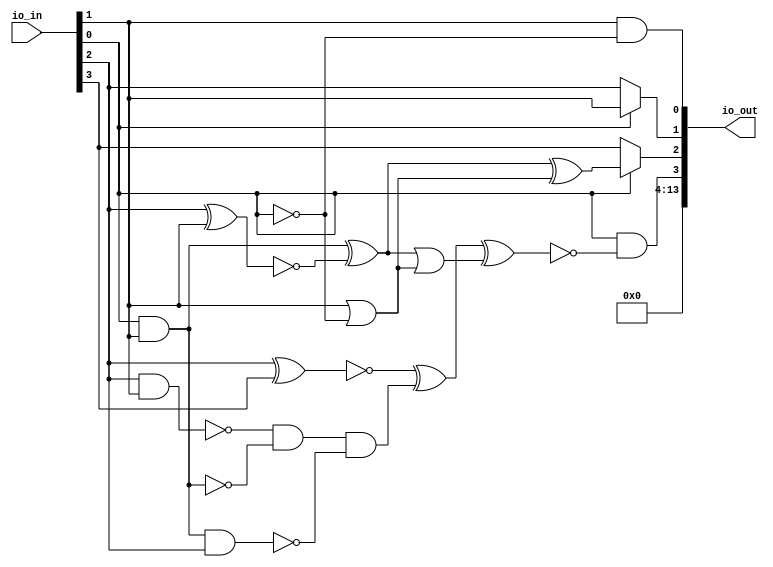
/* Generated by Yosys 0.25+83 (git sha1 755b753e1, aarch64-apple-darwin20.2-clang 10.0.0-4ubuntu1 -fPIC -Os) */

/* top =  1  */
/* src = "d34_hgrodin_collatz/src/wrapper.v:2.9-12.18" */
module d34_hgrodin_collatz(io_in, io_out);
  wire _00_;
  wire _01_;
  wire _02_;
  wire _03_;
  wire _04_;
  wire _05_;
  wire _06_;
  wire _07_;
  wire _08_;
  wire _09_;
  wire _10_;
  wire _11_;
  wire _12_;
  /* src = "d34_hgrodin_collatz/src/wrapper.v:3.26-3.31" */
  input [13:0] io_in;
  wire [13:0] io_in;
  /* src = "d34_hgrodin_collatz/src/wrapper.v:4.27-4.33" */
  output [13:0] io_out;
  wire [13:0] io_out;
  /* hdlname = "mchip c b" */
  /* src = "d34_hgrodin_collatz/src/wrapper.v:7.25-10.14|d34_hgrodin_collatz/src/collatz.v:16.16-16.17|d34_hgrodin_collatz/src/collatz.v:8.13-8.40" */
  wire [3:0] \mchip.c.b ;
  /* hdlname = "mchip c inst2 in1" */
  /* src = "d34_hgrodin_collatz/src/wrapper.v:7.25-10.14|d34_hgrodin_collatz/src/collatz.v:27.10-27.32|d34_hgrodin_collatz/src/collatz.v:34.30-34.33|d34_hgrodin_collatz/src/collatz.v:8.13-8.40" */
  wire [3:0] \mchip.c.inst2.in1 ;
  /* hdlname = "mchip c inst2 in2" */
  /* src = "d34_hgrodin_collatz/src/wrapper.v:7.25-10.14|d34_hgrodin_collatz/src/collatz.v:27.10-27.32|d34_hgrodin_collatz/src/collatz.v:34.52-34.55|d34_hgrodin_collatz/src/collatz.v:8.13-8.40" */
  wire [3:0] \mchip.c.inst2.in2 ;
  /* hdlname = "mchip c inst2 out" */
  /* src = "d34_hgrodin_collatz/src/wrapper.v:7.25-10.14|d34_hgrodin_collatz/src/collatz.v:27.10-27.32|d34_hgrodin_collatz/src/collatz.v:34.75-34.78|d34_hgrodin_collatz/src/collatz.v:8.13-8.40" */
  wire [3:0] \mchip.c.inst2.out ;
  /* hdlname = "mchip c inst2 rem" */
  /* src = "d34_hgrodin_collatz/src/wrapper.v:7.25-10.14|d34_hgrodin_collatz/src/collatz.v:27.10-27.32|d34_hgrodin_collatz/src/collatz.v:35.16-35.19|d34_hgrodin_collatz/src/collatz.v:8.13-8.40" */
  wire [3:0] \mchip.c.inst2.rem ;
  /* hdlname = "mchip c inst3 in1" */
  /* src = "d34_hgrodin_collatz/src/wrapper.v:7.25-10.14|d34_hgrodin_collatz/src/collatz.v:28.10-28.43|d34_hgrodin_collatz/src/collatz.v:34.30-34.33|d34_hgrodin_collatz/src/collatz.v:8.13-8.40" */
  wire [3:0] \mchip.c.inst3.in1 ;
  /* hdlname = "mchip c inst3 in2" */
  /* src = "d34_hgrodin_collatz/src/wrapper.v:7.25-10.14|d34_hgrodin_collatz/src/collatz.v:28.10-28.43|d34_hgrodin_collatz/src/collatz.v:34.52-34.55|d34_hgrodin_collatz/src/collatz.v:8.13-8.40" */
  wire [3:0] \mchip.c.inst3.in2 ;
  /* hdlname = "mchip c inst3 rem" */
  /* src = "d34_hgrodin_collatz/src/wrapper.v:7.25-10.14|d34_hgrodin_collatz/src/collatz.v:28.10-28.43|d34_hgrodin_collatz/src/collatz.v:35.16-35.19|d34_hgrodin_collatz/src/collatz.v:8.13-8.40" */
  wire [3:0] \mchip.c.inst3.rem ;
  /* hdlname = "mchip c n" */
  /* src = "d34_hgrodin_collatz/src/wrapper.v:7.25-10.14|d34_hgrodin_collatz/src/collatz.v:13.20-13.21|d34_hgrodin_collatz/src/collatz.v:8.13-8.40" */
  wire [3:0] \mchip.c.n ;
  /* hdlname = "mchip c out" */
  /* src = "d34_hgrodin_collatz/src/wrapper.v:7.25-10.14|d34_hgrodin_collatz/src/collatz.v:14.21-14.24|d34_hgrodin_collatz/src/collatz.v:8.13-8.40" */
  wire [3:0] \mchip.c.out ;
  /* hdlname = "mchip c out_even" */
  /* src = "d34_hgrodin_collatz/src/wrapper.v:7.25-10.14|d34_hgrodin_collatz/src/collatz.v:18.16-18.24|d34_hgrodin_collatz/src/collatz.v:8.13-8.40" */
  wire [3:0] \mchip.c.out_even ;
  /* hdlname = "mchip c tmp" */
  /* src = "d34_hgrodin_collatz/src/wrapper.v:7.25-10.14|d34_hgrodin_collatz/src/collatz.v:23.16-23.19|d34_hgrodin_collatz/src/collatz.v:8.13-8.40" */
  wire [3:0] \mchip.c.tmp ;
  /* hdlname = "mchip c tmp2" */
  /* src = "d34_hgrodin_collatz/src/wrapper.v:7.25-10.14|d34_hgrodin_collatz/src/collatz.v:26.16-26.20|d34_hgrodin_collatz/src/collatz.v:8.13-8.40" */
  wire [3:0] \mchip.c.tmp2 ;
  /* hdlname = "mchip io_in" */
  /* src = "d34_hgrodin_collatz/src/wrapper.v:7.25-10.14|d34_hgrodin_collatz/src/collatz.v:4.17-4.22" */
  /* unused_bits = "4 5 6 7" */
  wire [7:0] \mchip.io_in ;
  /* hdlname = "mchip io_out" */
  /* src = "d34_hgrodin_collatz/src/wrapper.v:7.25-10.14|d34_hgrodin_collatz/src/collatz.v:5.18-5.24" */
  wire [7:0] \mchip.io_out ;
  assign io_out[0] = io_in[1] & ~(io_in[0]);
  assign _00_ = io_in[1] | ~(io_in[0]);
  assign _01_ = ~(io_in[2] ^ io_in[1]);
  assign _02_ = io_in[0] & io_in[1];
  assign _03_ = _02_ ^ _01_;
  assign _04_ = _03_ | _00_;
  assign _05_ = ~(io_in[2] & io_in[1]);
  assign _06_ = _05_ & ~(_02_);
  assign _07_ = _02_ & io_in[2];
  assign _08_ = _06_ & ~(_07_);
  assign _09_ = ~(io_in[2] ^ io_in[3]);
  assign _10_ = _09_ ^ _08_;
  assign _11_ = _10_ ^ _04_;
  assign io_out[3] = io_in[0] & ~(_11_);
  assign io_out[1] = io_in[0] ? io_in[1] : io_in[2];
  assign _12_ = _03_ ^ _00_;
  assign io_out[2] = io_in[0] ? _12_ : io_in[3];
  assign io_out[13:4] = 10'h000;
  assign \mchip.c.b  = { io_in[0], io_in[0], io_in[0], io_in[0] };
  assign \mchip.c.inst2.in1  = { io_in[2:0], 1'h0 };
  assign \mchip.c.inst2.in2  = io_in[3:0];
  assign \mchip.c.inst2.out  = { 3'h0, io_in[0] };
  assign \mchip.c.inst2.rem  = 4'h0;
  assign \mchip.c.inst3.in1  = { 3'h0, io_in[0] };
  assign \mchip.c.inst3.in2  = 4'h1;
  assign \mchip.c.inst3.rem  = { 3'h0, io_in[0] };
  assign \mchip.c.n  = io_in[3:0];
  assign \mchip.c.out  = io_out[3:0];
  assign \mchip.c.out_even  = { 1'h0, io_in[3:1] };
  assign \mchip.c.tmp  = { io_in[2:0], 1'h0 };
  assign \mchip.c.tmp2  = { 3'h0, io_in[0] };
  assign \mchip.io_in  = io_in[7:0];
  assign \mchip.io_out  = { 4'h0, io_out[3:0] };
endmodule